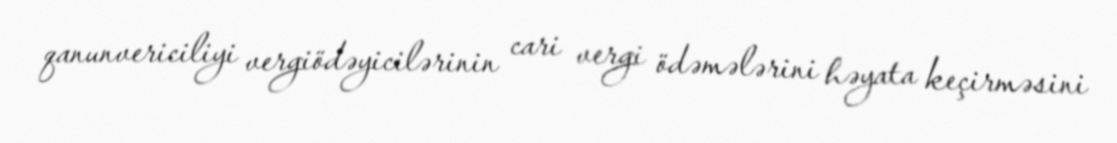
qanunvericiliyi vergiödəyicilərinin cari vergi ödəmələrini həyata keçirməsini